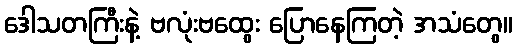
ဒေါသတကြီးနဲ့ ဗလုံးဗထွေး ပြောနေကြတဲ့ အသံတွေ။